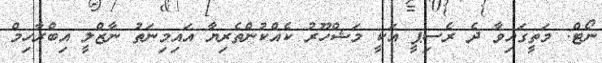
ނޯޓް: މަތީގައިވާ ދެ ރެސިޕީ އަކީ މަޝްހޫރު ކެއްކުންތެރިޔާ އައިމިނަތު ނާޒްލީ އިބްރާހިމް